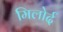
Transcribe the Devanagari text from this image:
मिलोर्द